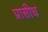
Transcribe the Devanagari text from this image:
प्रासीध